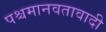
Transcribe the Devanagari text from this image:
पश्चमानवतावादी